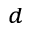
^ { d }